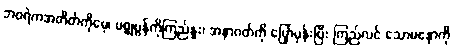
ဘဝရဲကအတိတ်ကိုမေ့၊ ပစ္စုပ္ပန်ကိုကြည်နူး၊ အနာဂတ်ကို မြှော်မှန်းပြီး ကြည်လင် သောမနောကို